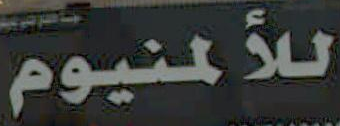
للألمنيوم